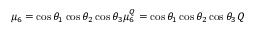
\mu _ { 6 } = \cos \theta _ { 1 } \cos \theta _ { 2 } \cos \theta _ { 3 } \mu \sp Q _ { 6 } = \cos \theta _ { 1 } \cos \theta _ { 2 } \cos \theta _ { 3 } Q